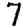
Digit: 7